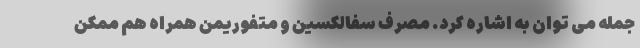
جمله می توان به اشاره کرد. مصرف سفالکسین و متفوریمن همراه هم ممکن